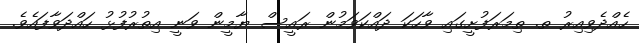
ހެއްދެވިއިރު ތ. ތިމަރަފުށީގައި ވާހަކަ ދައްކަވަމުން ރައީސް ޔާމީން ވަނީ އިތުރުފުޅު ހައްދަވާފައެވެ.